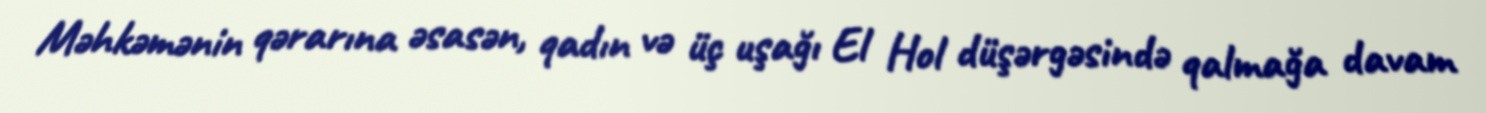
Məhkəmənin qərarına əsasən, qadın və üç uşağı El Hol düşərgəsində qalmağa davam